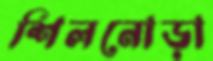
শিলনোড়া